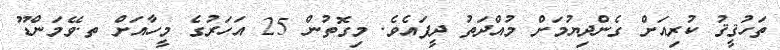
ތަހުޤީޤު ކުރިއަށް ގެންދިޔުމަށް މުއްދަތު ދީފައެވެ. މިގޮތުން 25 އަހަރުގެ މީހާއަށް ތ.ވޭމަންޑޫ